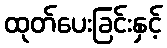
ထုတ်ပေးခြင်းနှင့်